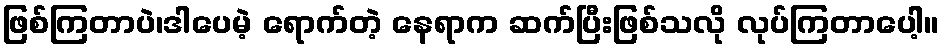
ဖြစ်ကြတာပဲ၊ဒါပေမဲ့ ရောက်တဲ့ နေရာက ဆက်ပြီးဖြစ်သလို လုပ်ကြတာပေါ့။